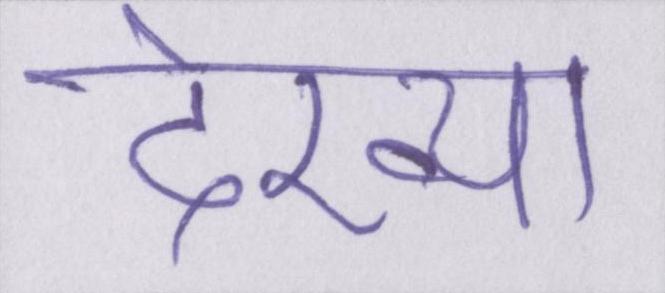
देख्या